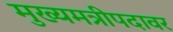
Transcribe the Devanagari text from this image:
मुख्यमत्रीपदावर